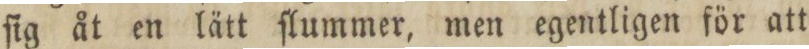
ſig åt en lätt ſlummer, men egentligen för att